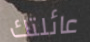
عائلتك